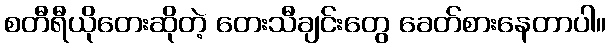
စတီရီယိုတေးဆိုတဲ့ တေးသီချင်းတွေ ခေတ်စားနေတာပါ။